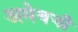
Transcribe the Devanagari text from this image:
अमेयची